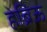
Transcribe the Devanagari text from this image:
हेब्रिऊ